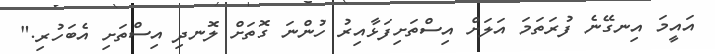
އައީމަ އިނގޭނެ ފުރަތަމަ އަލަށް އިސްތަށިފަޅާއިރު ހުންނަ ގޮތަށް ލޮނދި އިސްތަށި އެބަހުރި."